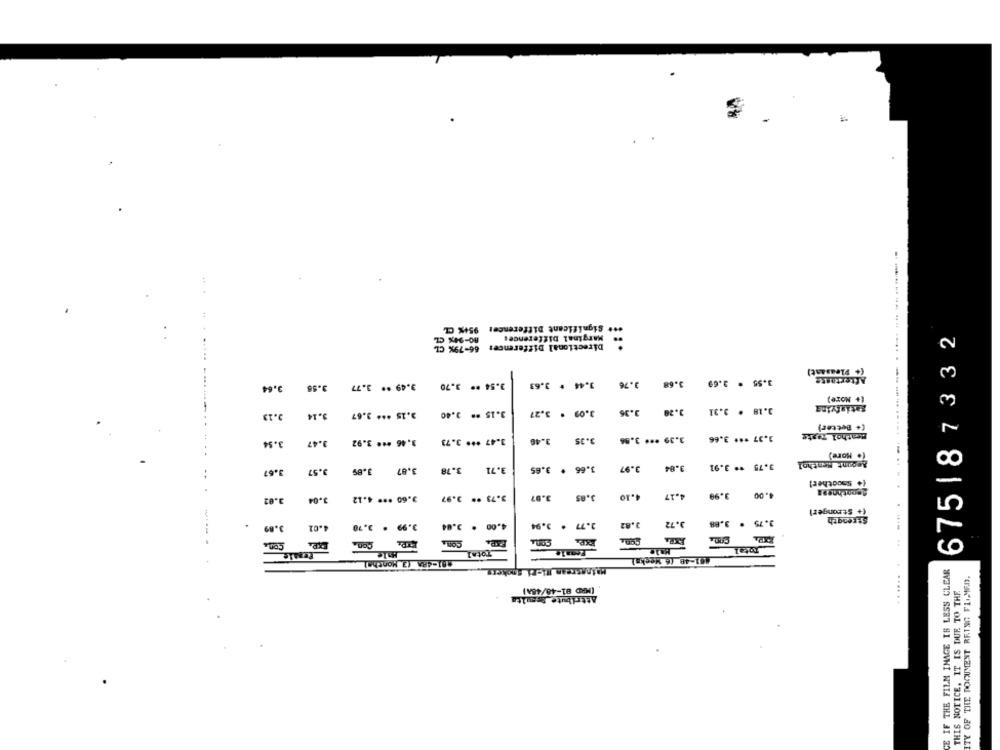
*** Significant Difference: 95+% CL
80-94% CZ
- Marginal Differences
675187332
66-79% CL
Directional Differences
(+ Pleasant)
3.54 ** 3.70
3.44 . 3.63
3.76
3.68
3.55 .
Aftertaste
3.64
3.58
3.49 ** 3.77
[+ More)
3.13
3.14
3.15 *** 3.67
3.15 ** 3.40
3.09 . 3.27
3.36
3.20
3.18 . 3.31
satisfying
(+ Better)
Beathol Taste
3.54
9.47
3.46 *** 3.92
3.47 *** 3.73
3.40
3.35
3.39 *** 3,86
1.37 *** 3,66
(. More)
3.84
3.75 ** 3.91
Acount Menthol
3.67
3.57
3.89
.87
3.78
9.71
3.66 * 3.65
3.97
(+ Smoother!
3 .. 3.97
4.17
3.99
1.00
3.02
3.04
3.60 *** 4.12
1.07
(+ Stronger)
Strength
3.99 . 2.70
4.00 * 3.04
3.77 * 3.94
3.82
3.72
3.75 * 3.88
3.89
4.01
Con
Total
TotA ]
81-4RA (3 Montha)
461-48 (6 Mecka)
Minasrean IN-Ci Spokers
CE IF THE FILM IMAGE IS LESS CLEAR
ITY OF THE DOCUMENT REINO FL.MED.
(MKD 81-48/48A)
THIS NOTICE, IT IS DUE TO THE
Attribute Amita